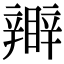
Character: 𥌊